38_143685_box_Incident_Summaries_173-233
Agency: Department of War
Page 78
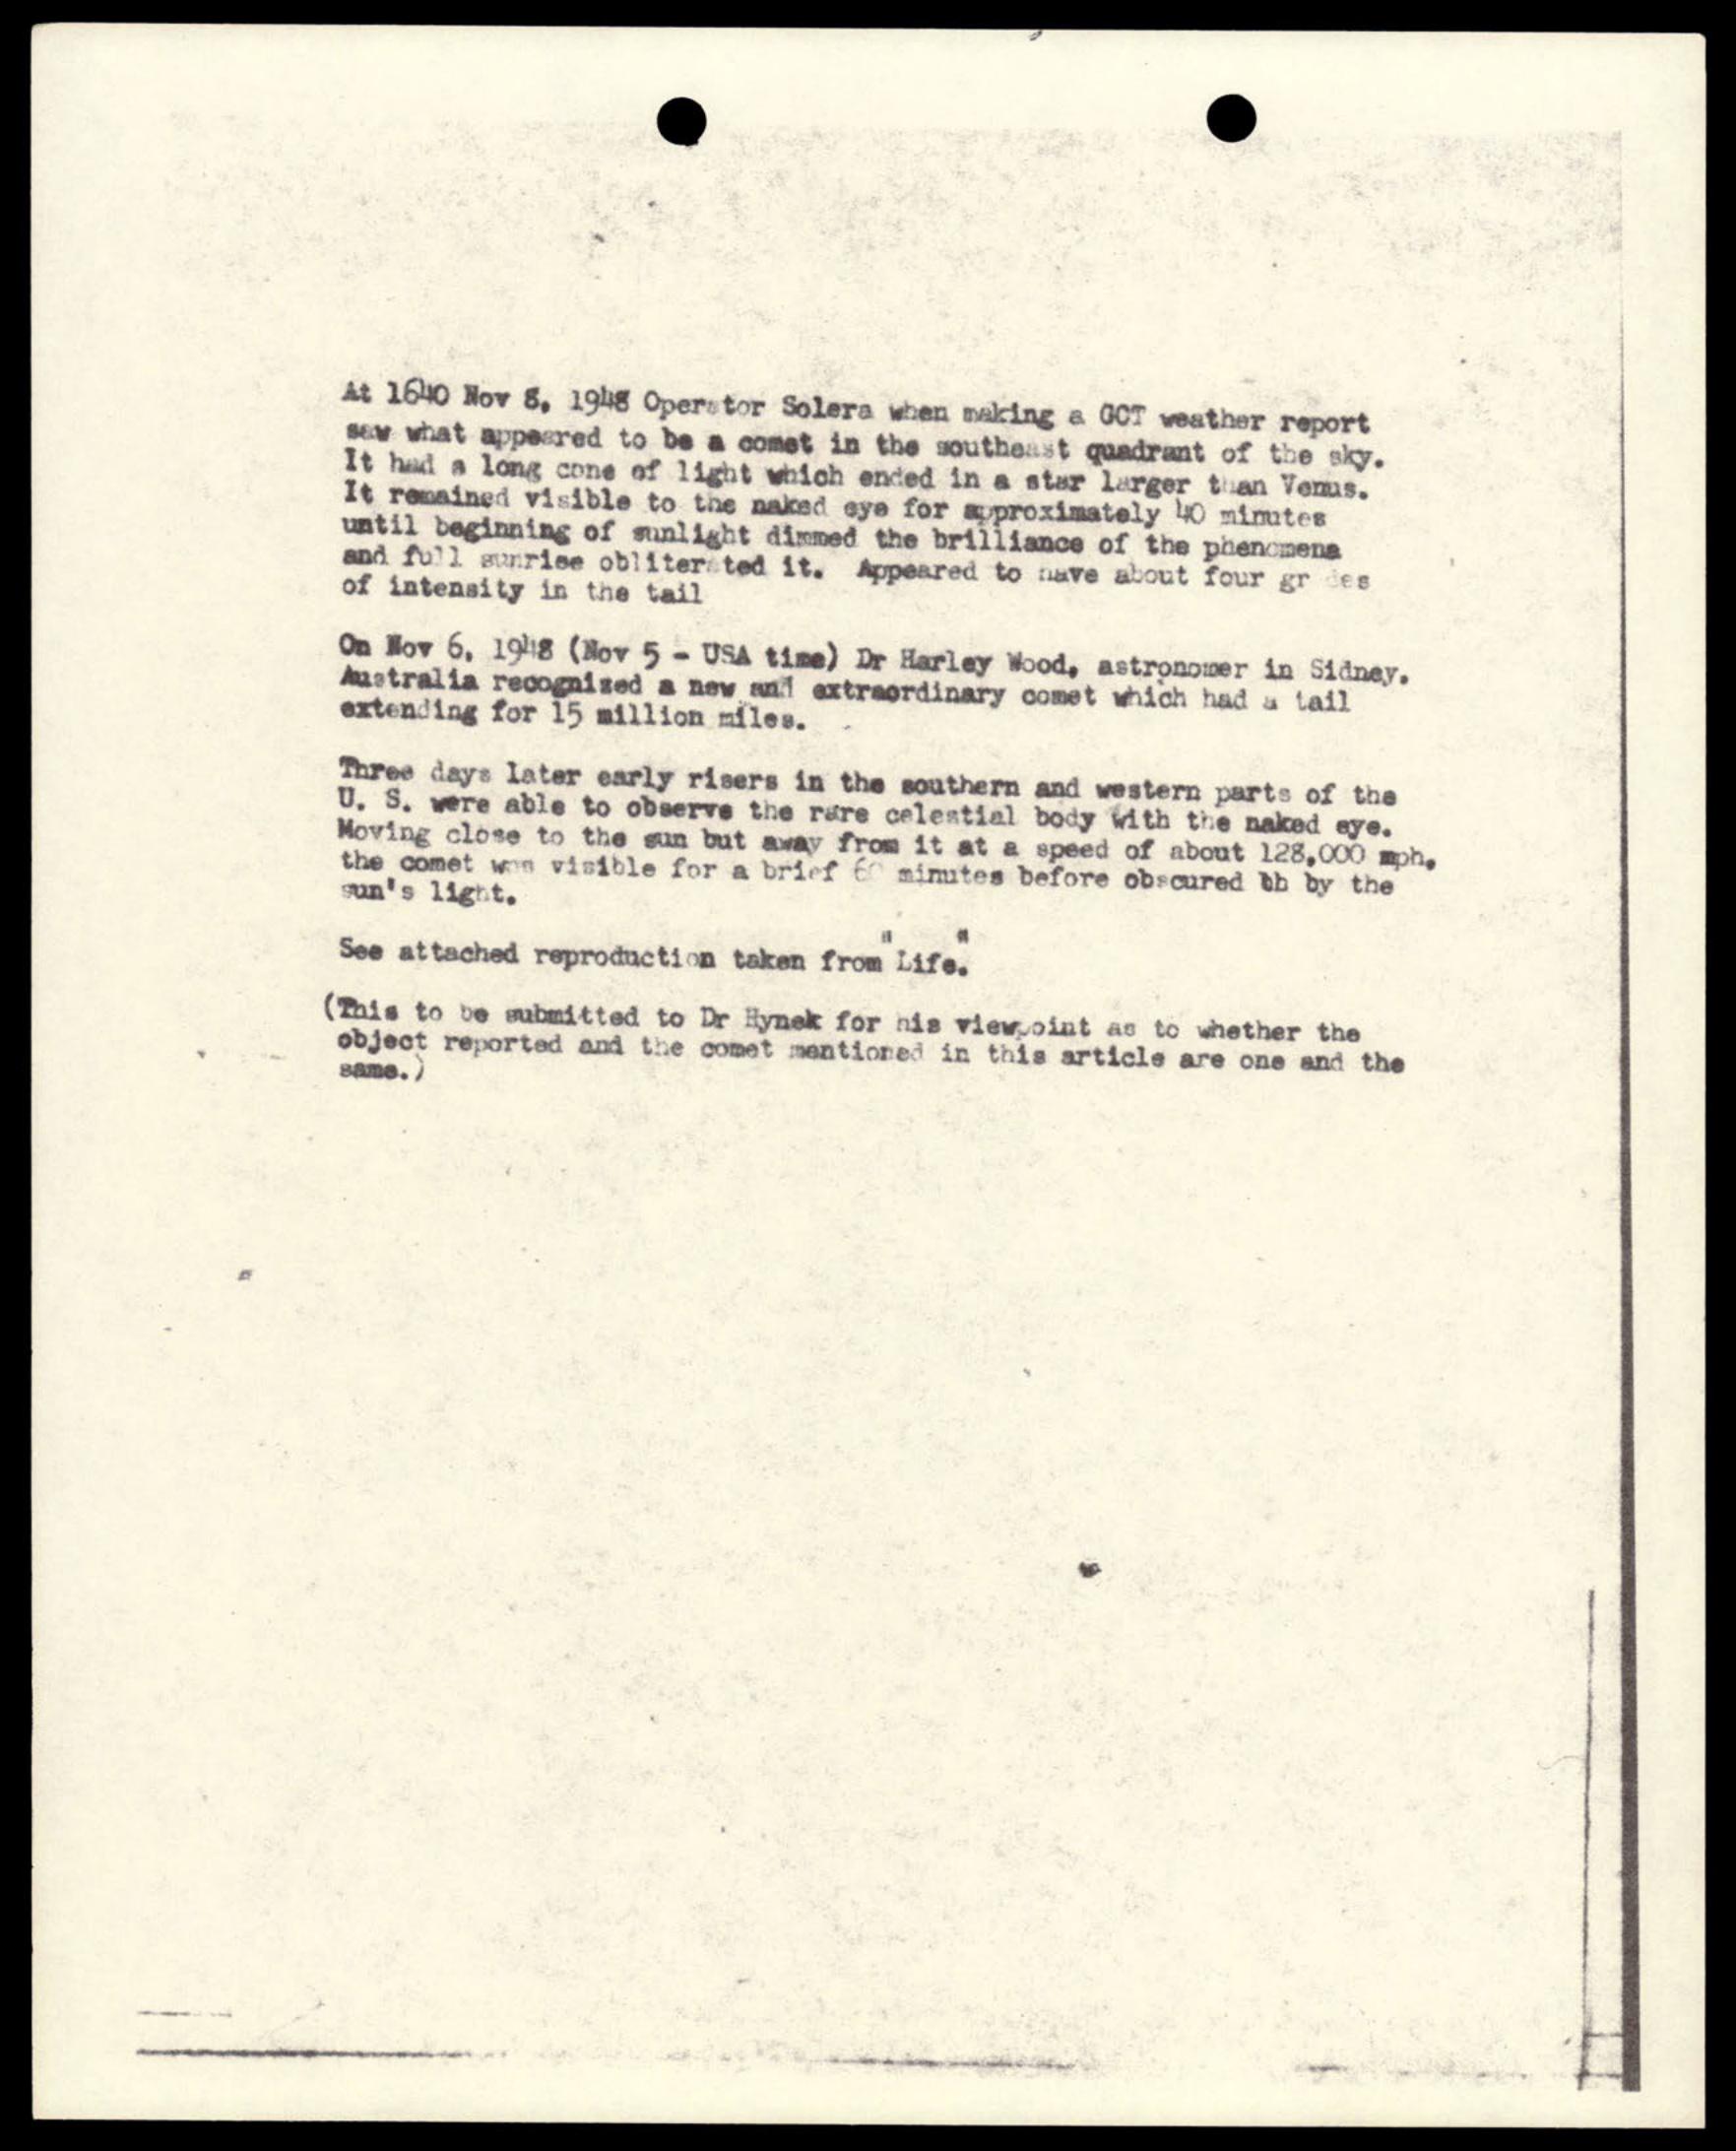